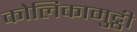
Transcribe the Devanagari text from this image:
कोलिकामुट्ठी